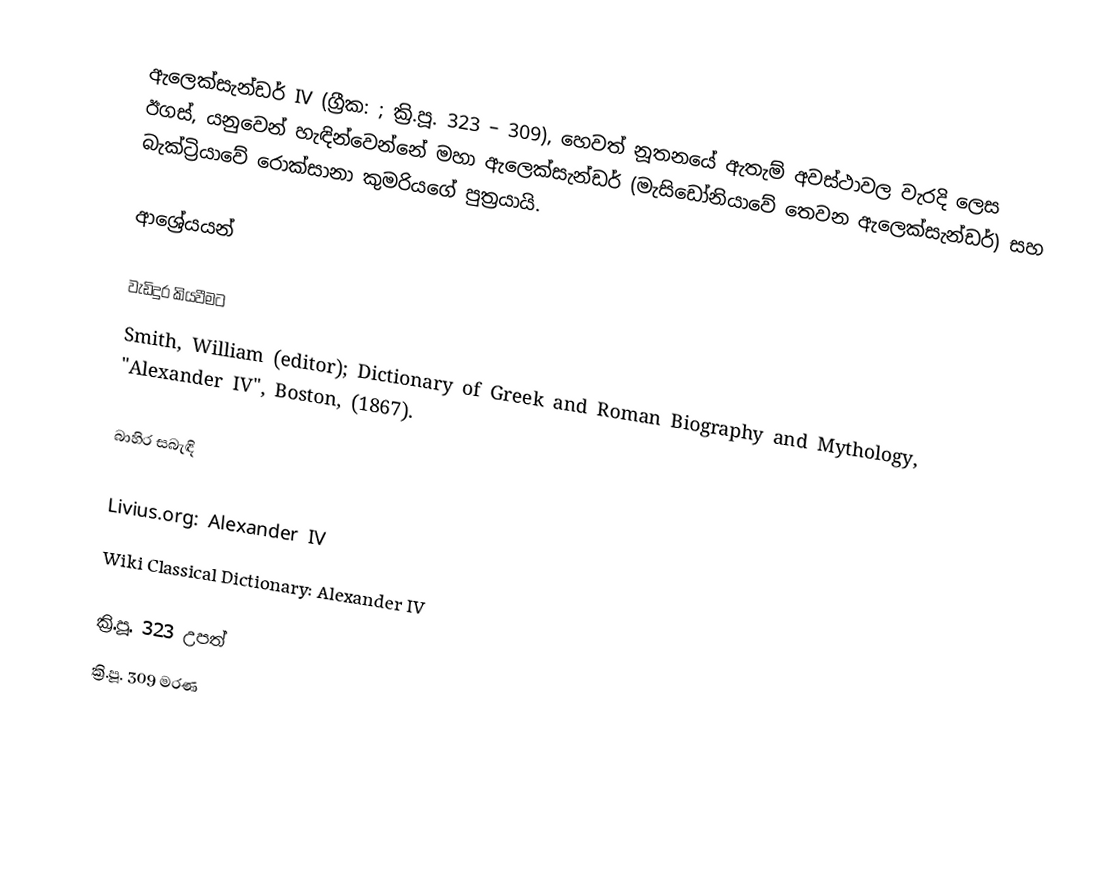
ඇලෙක්සැන්ඩර් IV (ග්‍රීක: ; ක්‍රි.පූ. 323 – 309), හෙවත් නූතනයේ ඇතැම් අවස්ථාවල වැරදි ලෙස ඊගස්, යනුවෙන් හැඳින්වෙන්නේ මහා ඇලෙක්සැන්ඩර් (මැසිඩෝනියාවේ තෙවන ඇලෙක්සැන්ඩර්) සහ බැක්ට්‍රියාවේ රොක්සානා කුමරියගේ පුත්‍රයායි.

ආශ්‍රේයයන්

වැඩිදුර කියවීමට
Smith, William (editor); Dictionary of Greek and Roman Biography and Mythology, "Alexander IV", Boston, (1867).

බාහිර සබැඳි

Livius.org: Alexander IV
Wiki Classical Dictionary: Alexander IV

ක්‍රි.පූ. 323 උපත්
ක්‍රි.පූ. 309 මරණ